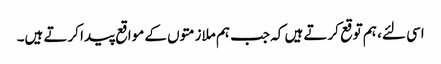
اسی لئے، ہم توقع کرتے ہیں کہ جب ہم ملازمتوں کے مواقع پیدا کرتے ہیں۔